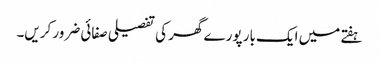
ہفتے میں ایک بار پورے گھر کی تفصیلی صفائی ضرور کریں۔